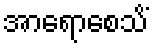
အာရောစေသိံ